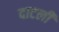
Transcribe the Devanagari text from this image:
दाटली